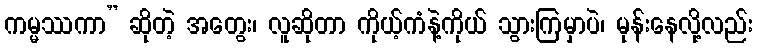
ကမ္မဿကာ” ဆိုတဲ့ အတွေး၊ လူဆိုတာ ကိုယ့်ကံနဲ့ကိုယ် သွားကြမှာပဲ၊ မုန်းနေလို့လည်း